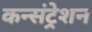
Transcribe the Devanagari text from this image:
कन्संट्रेशन